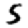
Digit: 5